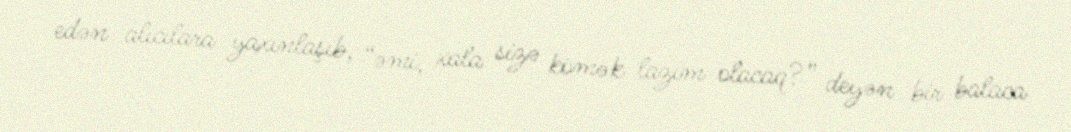
edən alıcılara yaxınlaşıb, “əmi, xala sizə kömək lazım olacaq?” deyən bir balaca